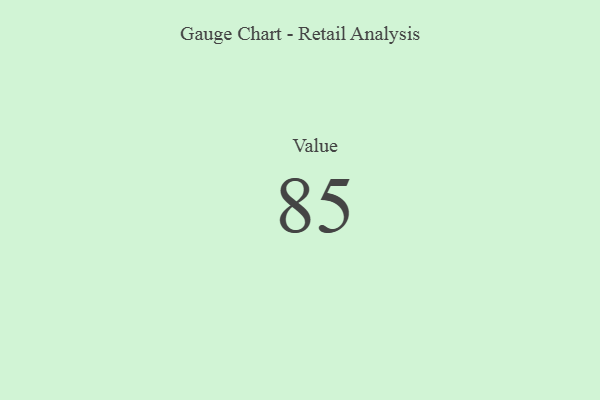
{"axis": {"x": "Metric", "y": "Value"}, "legend": [""], "data": [{"x": "Value", "y": 85, "type": ""}]}